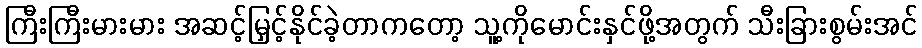
ကြီးကြီးမားမား အဆင့်မြှင့်နိုင်ခဲ့တာကတော့ သူ့ကိုမောင်းနှင်ဖို့အတွက် သီးခြားစွမ်းအင်